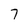
Character: 7